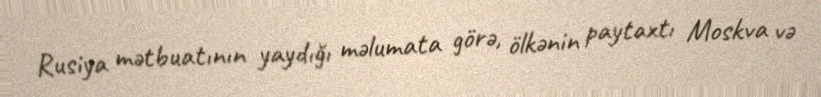
Rusiya mətbuatının yaydığı məlumata görə, ölkənin paytaxtı Moskva və